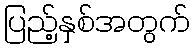
ပြည့်နှစ်အတွက်